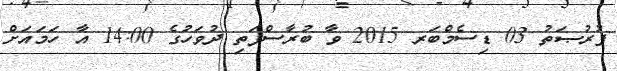
ފުރުޞަތު 03 ޑިސެމްބަރ 2015 ވާ ބުރާސްފަތި ދުވަހުގެ 14:00 އާ ހަމައަށް